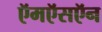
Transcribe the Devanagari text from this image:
ऍमऍसऍन